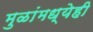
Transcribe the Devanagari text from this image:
मुळांमध्येही